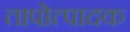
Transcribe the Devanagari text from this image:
तापोत्पादक